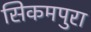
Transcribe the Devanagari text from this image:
सिकमपुरा